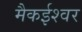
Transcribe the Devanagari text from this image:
मैकईश्वर